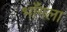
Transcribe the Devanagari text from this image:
भाँगला